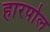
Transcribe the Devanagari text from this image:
हारपोल